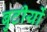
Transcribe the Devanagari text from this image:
बुटीयों